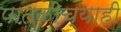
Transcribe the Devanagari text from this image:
पातळीच्याही